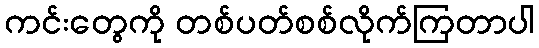
ကင်းတွေကို တစ်ပတ်စစ်လိုက်ကြတာပါ